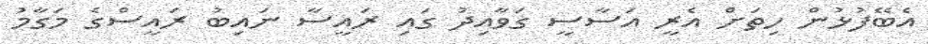
އެބޭފުޅުން ހިތަށް އެރީ އަސާސީ ގަވާއިދު ގައި ރައީސާ ނައިބު ރައީސްގެ މަގާމު